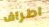
اطراف